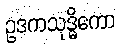
ဥဒကသုဒ္ဓိကော